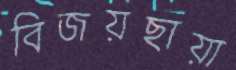
বিজয়ছায়া